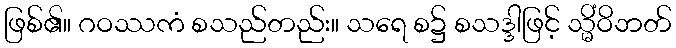
ဖြစ်၏။ ဂဝဿကံ စသည်တည်း။ သရေ စ၌ စသဒ္ဒါဖြင့် သ္မိံဝိဘတ်